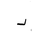
Letter: _dal